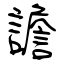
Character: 譫